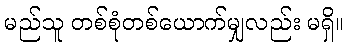
မည်သူ တစ်စုံတစ်ယောက်မျှလည်း မရှိ။